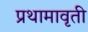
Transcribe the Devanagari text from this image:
प्रथामावृती